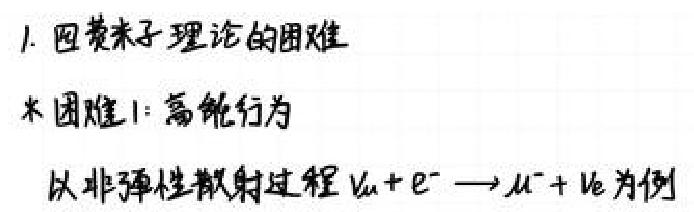
1. 因费米子理论的困难
本困难1：高能行为
以非弹性散射过程 $\nu_{\mu}+e^{-}\rightarrow\mu^{-}+\nu_{e}$ 为例